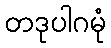
တဒုပါဂမုံ